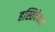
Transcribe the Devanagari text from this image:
हस्तिदेवता